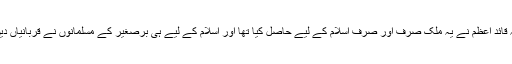
حافظ نعیم الرحمن نے کہا کہ قائد اعظم نے یہ ملک صرف اور صرف اسلام کے لیے حاصل کیا تھا اور اسلام کے لیے ہی برصغیر کے مسلمانوں نے قربانیاں دیں تھیں اور اپنا لہو گرایا تھا ۔